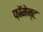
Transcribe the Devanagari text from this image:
फ़ॉमेन्ट